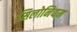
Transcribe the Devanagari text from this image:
सिलोनियम